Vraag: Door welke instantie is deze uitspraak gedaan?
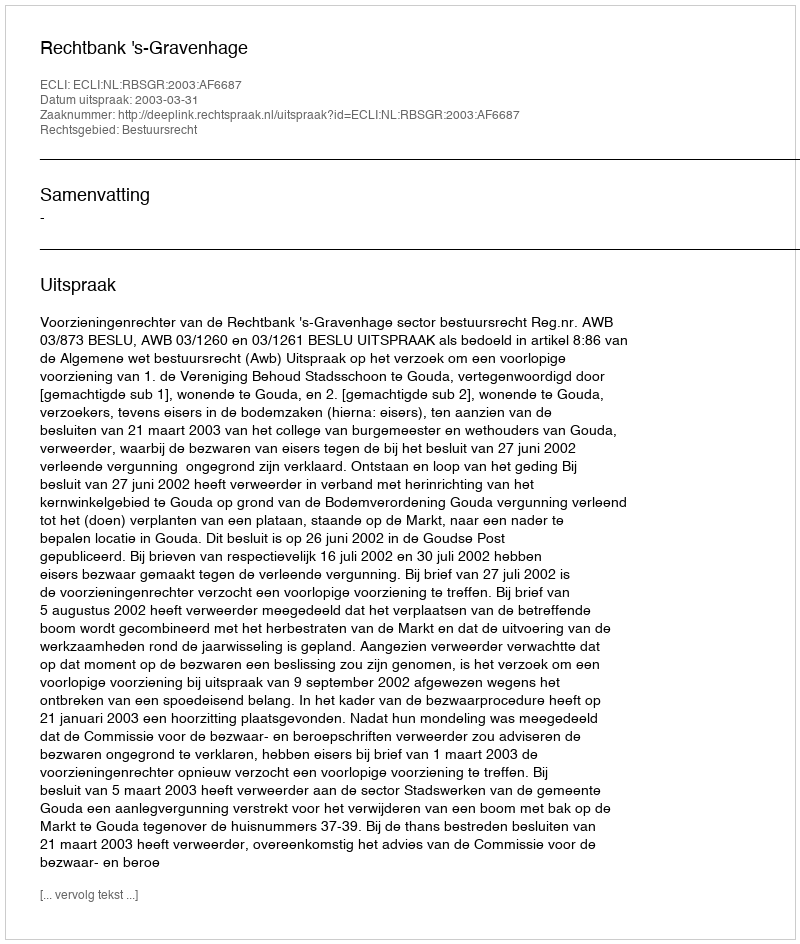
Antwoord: Rechtbank 's-Gravenhage